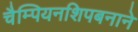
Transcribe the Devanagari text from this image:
चैम्पियनशिपबनाने